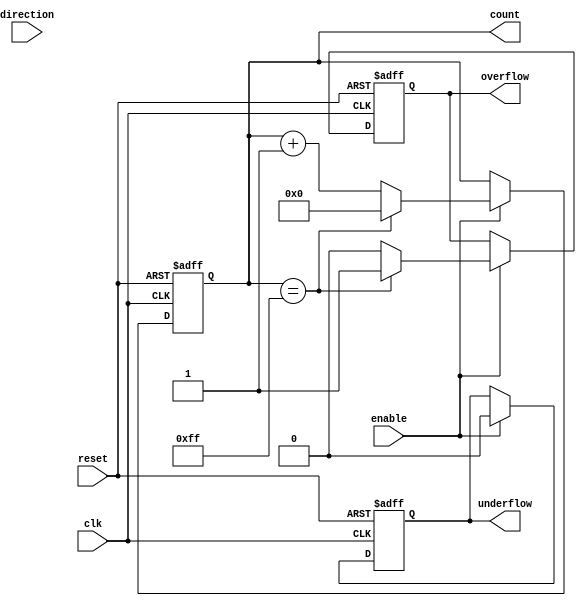
module parameterized_counter #(
    parameter WIDTH = 8,                // Number of bits for the counter
    parameter MODE = "UP"               // Counting mode: "UP", "DOWN", or "UP_DOWN"
) (
    input wire clk,                     // Clock signal
    input wire reset,                   // Asynchronous reset signal
    input wire enable,                  // Enable signal
    input wire direction,               // Direction signal (only for UP_DOWN mode)
    output reg [WIDTH-1:0] count,      // Current count value
    output reg overflow,                // Overflow flag
    output reg underflow                // Underflow flag
);

    // Internal parameters for counting modes
    localparam UP = 2'b00;
    localparam DOWN = 2'b01;
    localparam UP_DOWN = 2'b10;

    // Determine counting mode
    reg [1:0] count_mode;
    initial begin
        if (MODE == "UP") begin
            count_mode = UP;
        end else if (MODE == "DOWN") begin
            count_mode = DOWN;
        end else if (MODE == "UP_DOWN") begin
            count_mode = UP_DOWN;
        end else begin
            count_mode = UP; // Default to UP if invalid mode
        end
    end

    // Counter logic
    always @(posedge clk or posedge reset) begin
        if (reset) begin
            count <= 0;
            overflow <= 0;
            underflow <= 0;
        end else if (enable) begin
            overflow <= 0;
            underflow <= 0;
            case (count_mode)
                UP: begin
                    if (count == {WIDTH{1'b1}}) begin
                        count <= 0; // Wrap around on overflow
                        overflow <= 1;
                    end else begin
                        count <= count + 1;
                    end
                end
                DOWN: begin
                    if (count == 0) begin
                        count <= 0; // Stay at zero on underflow
                        underflow <= 1;
                    end else begin
                        count <= count - 1;
                    end
                end
                UP_DOWN: begin
                    if (direction) begin
                        if (count == {WIDTH{1'b1}}) begin
                            count <= 0; // Wrap around on overflow
                            overflow <= 1;
                        end else begin
                            count <= count + 1;
                        end
                    end else begin
                        if (count == 0) begin
                            count <= 0; // Stay at zero on underflow
                            underflow <= 1;
                        end else begin
                            count <= count - 1;
                        end
                    end
                end
                default: begin
                    count <= 0; // Default case
                end
            endcase
        end
    end

endmodule